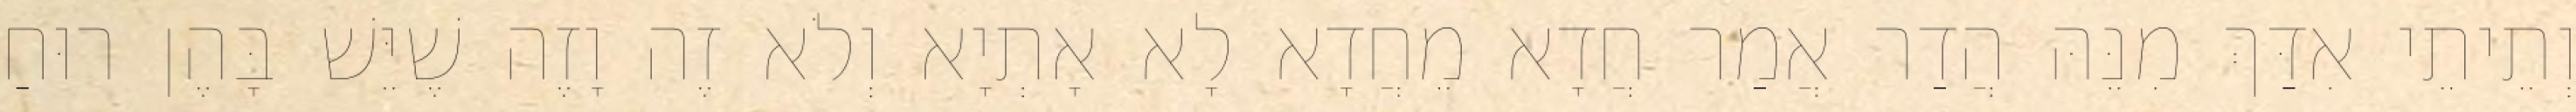
וְתֵיתֵי אִדַּךְ מִנֵּהּ הֲדַר אֲמַר חֲדָא מֵחֲדָא לָא אָתְיָא וְלֹא זֶה וָזֶה שֶׁיֵּשׁ בָּהֶן רוּחַ